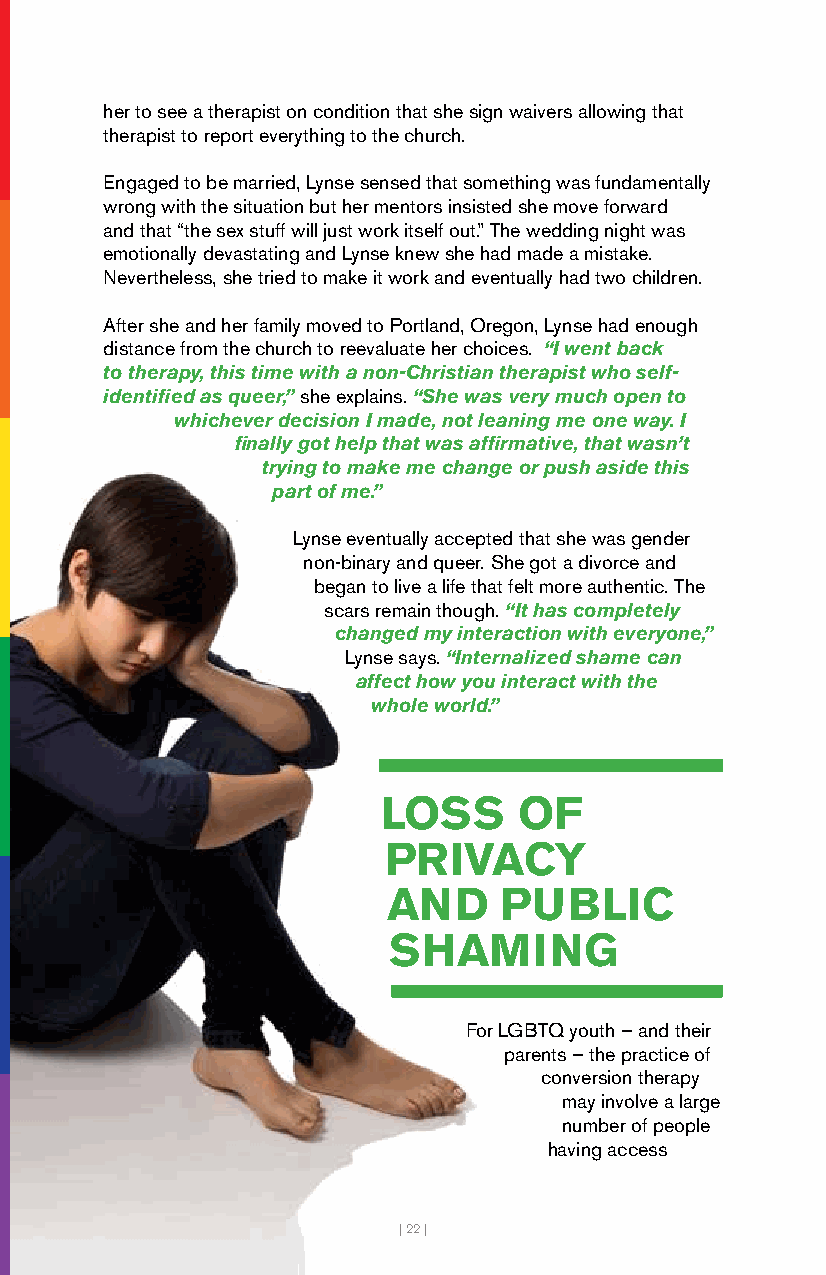
her to see a therapist on condition that she sign waivers allowing that
 therapist to report everything to the church.
 Engaged to be married, Lynse sensed that something was fundamentally
 wrong with the situation but her mentors insisted she move forward
 and that “the sex stuff will just work itself out.” The wedding night was
 emotionally devastating and Lynse knew she had made a mistake.
 Nevertheless, she tried to make it work and eventually had two children.
 After she and her family moved to Portland, Oregon, Lynse had enough
 distance from the church to reevaluate her choices. “I went back
 to therapy, this time with a non-Christian therapist who self-
 identified as queer,” she explains. “She was very much open to
 whichever decision I made, not leaning me one way. I
 finally got help that was affirmative, that wasn’t
 trying to make me change or push aside this
 part of me.”
 Lynse eventually accepted that she was gender
 non-binary and queer. She got a divorce and
 began to live a life that felt more authentic. The
 scars remain though. “It has completely
 changed my interaction with everyone,”
 Lynse says. “Internalized shame can
 affect how you interact with the
 whole world.”
 LOSS     OF
 PRIVACY
 AND    PUBLIC
 SHAMING
 For LGBTQ youth – and their
 parents – the practice of
 conversion therapy
 may involve a large
 number of people
 having access
 | 22 |